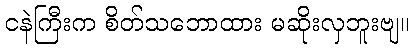
ငနဲကြီးက စိတ်သဘောထား မဆိုးလှဘူးဗျ။